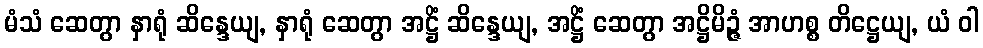
မံသံ ဆေတွာ နှာရုံ ဆိန္ဒေယျ, နှာရုံ ဆေတွာ အဋ္ဌိံ ဆိန္ဒေယျ, အဋ္ဌိံ ဆေတွာ အဋ္ဌိမိဉ္ဇံ အာဟစ္စ တိဋ္ဌေယျ, ယံ ဝါ